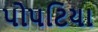
પોપટિયા